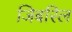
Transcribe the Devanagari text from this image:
जिबरिल